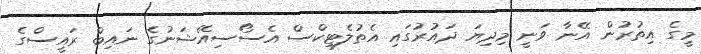
މީގެ އިތުރުން އޭނާ ވަނީ މިދިޔަ ދައުރުގައި އެތުލެޓިކްސް އެސޯސިއޭޝަނުގެ ނައިބް ރައީސްގެ